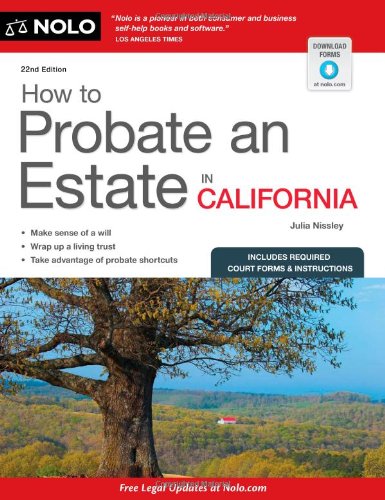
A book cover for How to Probate an Estate in California; Julia Nissley; Law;